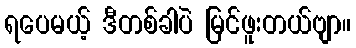
ရပေမယ့် ဒီတစ်ခါပဲ မြင်ဖူးတယ်ဗျာ။